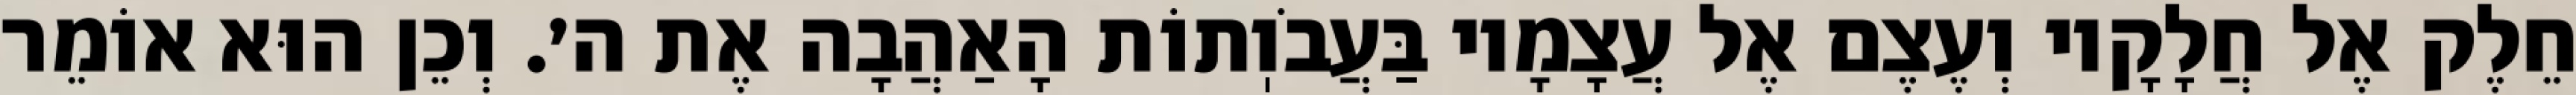
חֵלֶק אֶל חֲלָקָיו וְעֶצֶם אֶל עֲצָמָיו בַּעֲבֹוֽתוֹת הָאַהֲבָה אֶת ה׳. וְכֵן הוּא אוֹמֵר